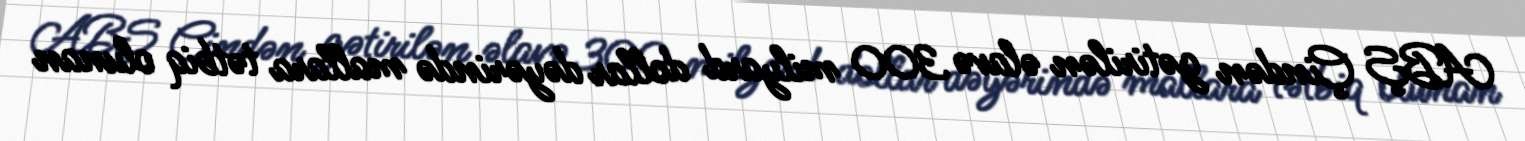
ABŞ Çindən gətirilən əlavə 300 milyard dollar dəyərində mallara tətbiq olunan